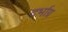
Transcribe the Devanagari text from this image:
दर्भाग्र